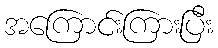
အကြောင်းကြားပြီး